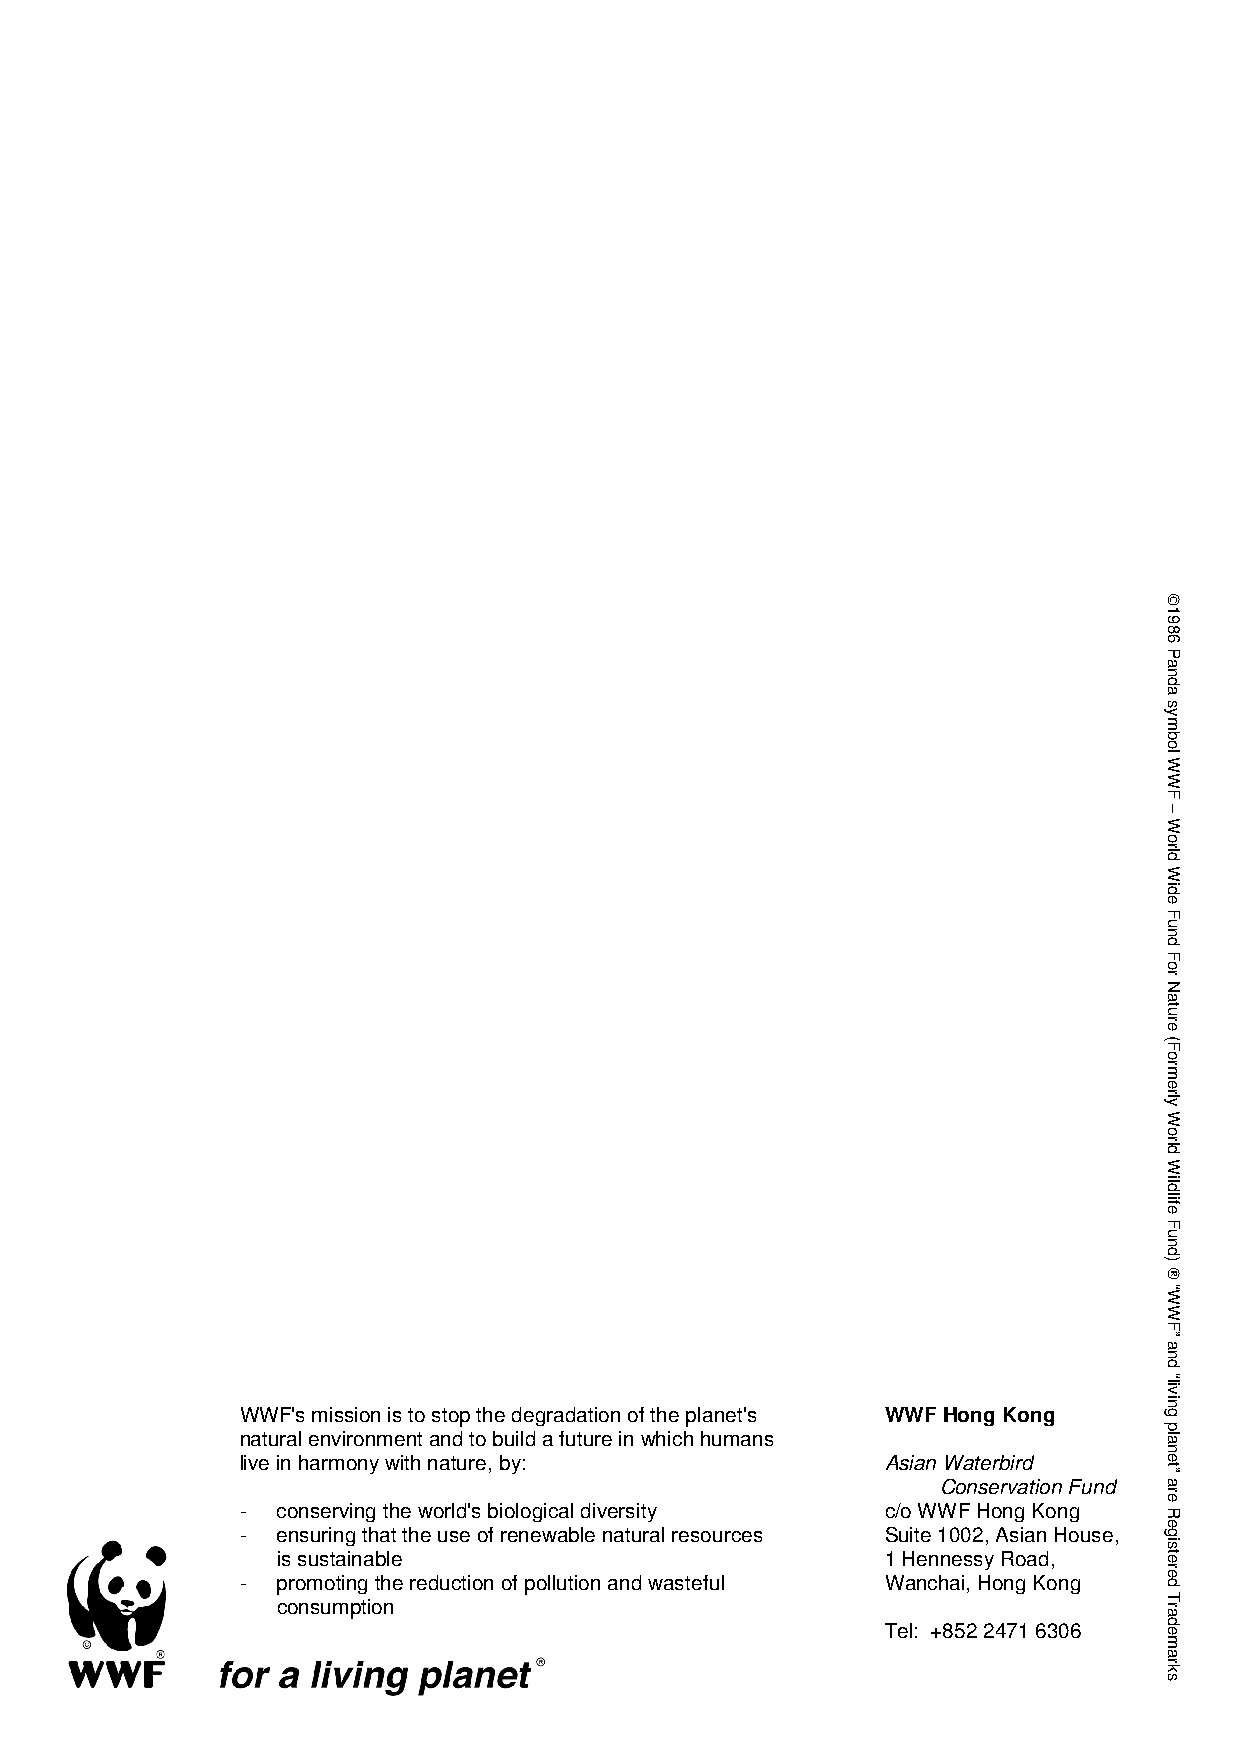
WWF's mission is to stop the degradation of the planet's WWF Hong Kong
 natural environment and to build a future in which humans
 live in harmony with nature, by:           Asian Waterbird
 Conservation Fund
 - conserving the world's biological diversity c/o WWF Hong Kong
 - ensuring that the use of renewable natural resources Suite 1002, Asian House,
 is sustainable                           1 Hennessy Road,
 - promoting the reduction of pollution and wasteful Wanchai, Hong Kong
 consumption
 Tel: +852 2471 6306
 1986
 Panda
 symbol
 WWF
 –
 World
 Wide
 Fund
 For
 Nature
 (Formerly
 World
 Wildlife
 Fund)
 
 “WWF”
 and
 “living
 planet”
 are
 Registered
 Trademarks